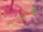
بالانتحار